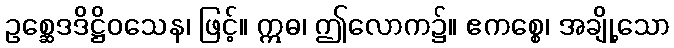
ဥစ္ဆေဒဒိဋ္ဌိဝသေန၊ ဖြင့်။ ဣဓ၊ ဤလောက၌။ ဧကစ္စေ၊ အချို့သော